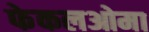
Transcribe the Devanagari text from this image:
फेकलओमा